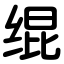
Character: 绲